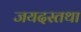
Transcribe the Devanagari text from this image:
जयदस्तथा